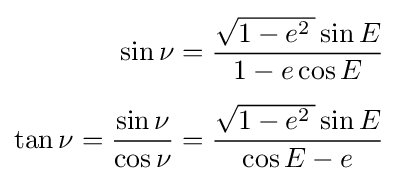
{\begin{aligned}\sin {\nu }&={{{\sqrt {1-e^{2}\,}}\sin {E}} \over {1-e\cos {E}}}\\[4pt]\tan {\nu }={{\sin {\nu }} \over {\cos {\nu }}}&={{{\sqrt {1-e^{2}\,}}\sin {E}} \over {\cos {E}-e}}\end{aligned}}